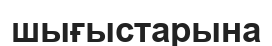
шығыстарына